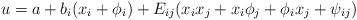
\begin{align*}u=a + b_i (x_i+\phi_i) + E_{ij} (x_i x_j + x_i \phi_j + \phi_i x_j + \psi_{ij})\end{align*}